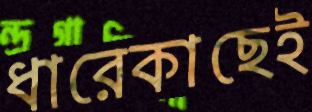
ধারেকাছেই